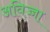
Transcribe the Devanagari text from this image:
अविज्जा